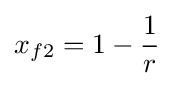
x_{f2}=1-{\frac {1}{r}}